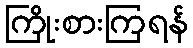
ကြိုးစားကြရန်